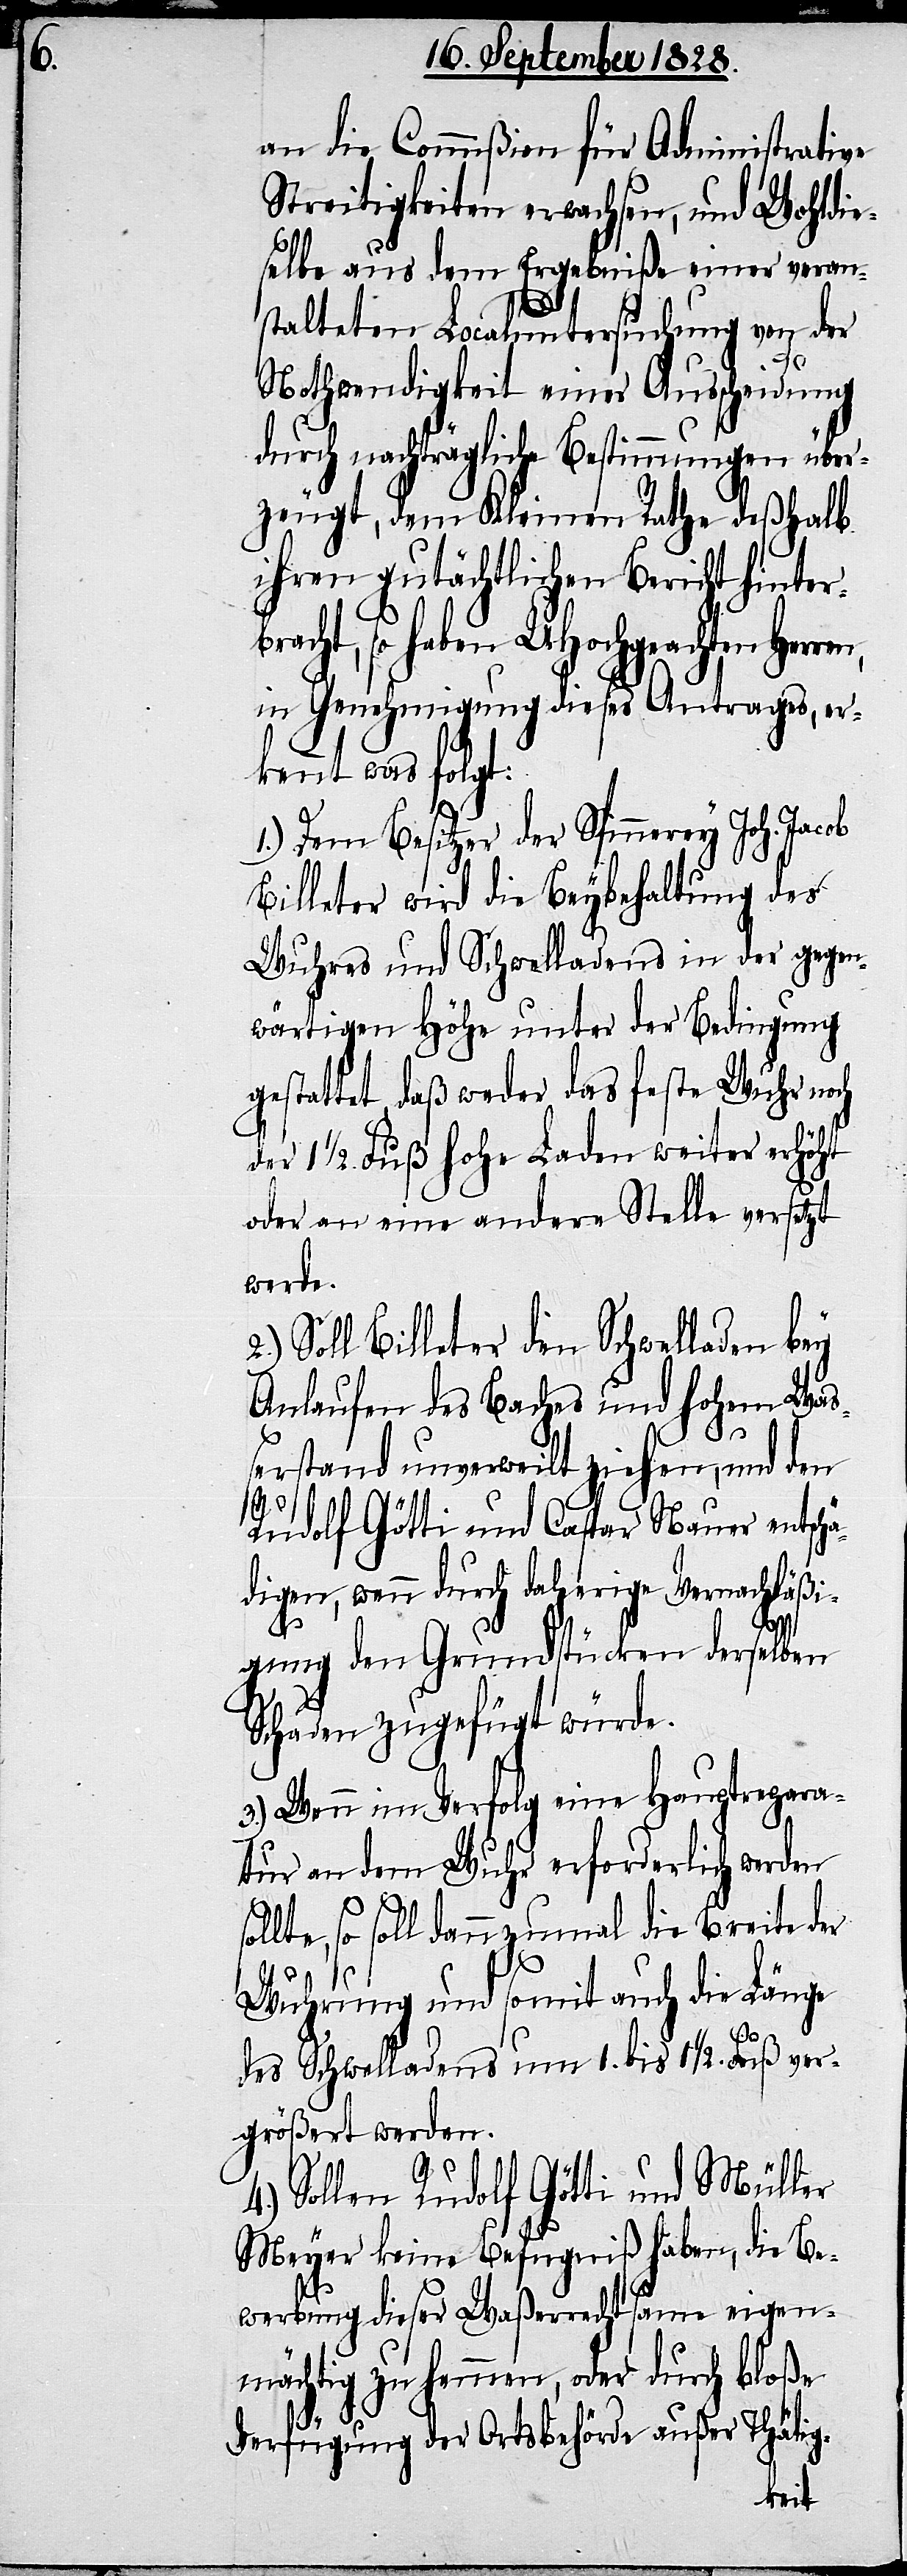
an die Commißion für Administrative
Streitigkeiten erwachsen, und Wohldie¬
selbe aus dem Ergebniße einer veran¬
stalteten Localuntersuchung von der
Nothwendigkeit einer Ausscheidung
durch nachträgliche Bestimmungen über¬
zeugt, dem Kleinen Rathe deßhalb
ihren gutächtlichen Bericht hinterb¬
racht, so haben UHochgeachten
in Genehmigung dieses Antrages, er¬
kennt was folgt:
1.) Dem Besitzer der Spinnerey Joh. Jacob
Billeter wird die Beybehaltung des
Wuhres und Schwelladens in der gegen¬
wärtigen Höhe unter der Bedingung
gestattet, daß weder das feste Wuhr no¬
1 1/2. Fuß hohe Laden weiter erhöht
oder an eine andere Stelle versetzt
werde.
Soll Billeter den Schwelladen bey
Anlaufen des Baches und hohem Waß¬
erstand unverweilt ziehen, und den
Rudolf Götti und Caspar Nauer entsch¬
ädigen, wenn durch daherige Vernachläßi¬
gung den Grundstücken derselben
ch
Schaden zugefügt würde.
3.) Wenn im Verfolg eine Hauptrepara¬
tur an dem Wuhr erforderlich werden
sollte, so soll dannzumal die Breite der
Wuhrung und somit auch die Länge
des Schwelladens um 1. bis 1 1/2. Fuß ver¬
größert werden.
4.) Sollen Rudolf Götti und Müller
Meyer keine Befugniß haben, die Be¬
werbung dieser Waßerrechtsame eigen¬
mächtig zu hemmen, oder durch bloße
Verfügung der Ortsbehörde außer Thätig-
der